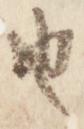
由